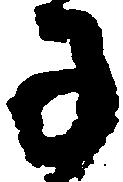
子